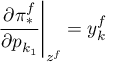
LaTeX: \left. { \frac { \partial \pi _ { * } ^ { f } } { \partial p _ { k _ { 1 } } } } \right| _ { z ^ { f } } = y _ { k } ^ { f }